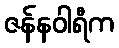
ဇန်နဝါရီက